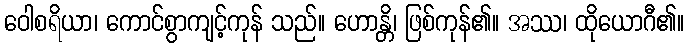
ဝေါစရိယာ၊ ကောင်စွာကျင့်ကုန် သည်။ ဟောန္တိ၊ ဖြစ်ကုန်၏။ အဿ၊ ထိုယောဂီ၏။